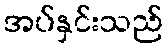
အပ်နှင်းသည်